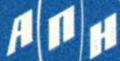
ANH